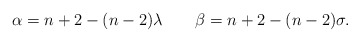
\begin{align*} \alpha=n+2-(n-2)\lambda \quad\quad\beta=n+2-(n-2)\sigma. \end{align*}